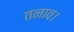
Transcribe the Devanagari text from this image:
तनाव।